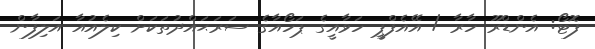
ފޮޓޯ: އެންޑްރޫ ހާރާ / އޭއެފްޕީ ހަވާއީގެ ޕަހޯއާގެ ސަރަޙައްދުތަކަށް ކިލެއުއާ އަލިފާން